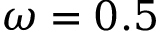
\omega = 0 . 5